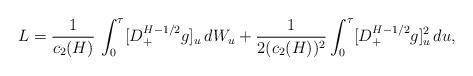
LaTeX: \begin{align*}L=\frac{1}{c_{2}(H)} \, \int_{0}^{\tau} [ D_{+}^{H-1/2}g]_u \, dW_u+ \frac{1}{2 (c_{2}(H))^{2}} \int_{0}^{\tau} [ D_{+}^{H-1/2}g]_u^2 \, du ,\end{align*}